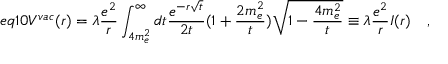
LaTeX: e q 1 0 V ^ { v a c } ( r ) = \lambda \frac { e ^ { 2 } } { r } \int _ { 4 m _ { e } ^ { 2 } } ^ { \infty } d t \frac { e ^ { - r \sqrt { t } } } { 2 t } ( 1 + \frac { 2 m _ { e } ^ { 2 } } { t } ) \sqrt { 1 - \frac { 4 m _ { e } ^ { 2 } } { t } } \equiv \lambda \frac { e ^ { 2 } } { r } I ( r ) \quad ,